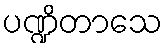
ပဏ္ဍိတာသေ